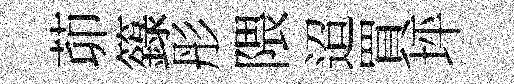
茆籙彤隈迢買坪